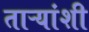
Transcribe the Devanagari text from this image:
ताऱ्यांशी